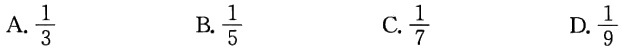
A.$\frac{1}{3}$  B.$\frac{1}{5}$  C.$\frac{1}{7}$  D.$\frac{1}{9}$